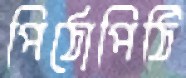
পিঠোপিঠি